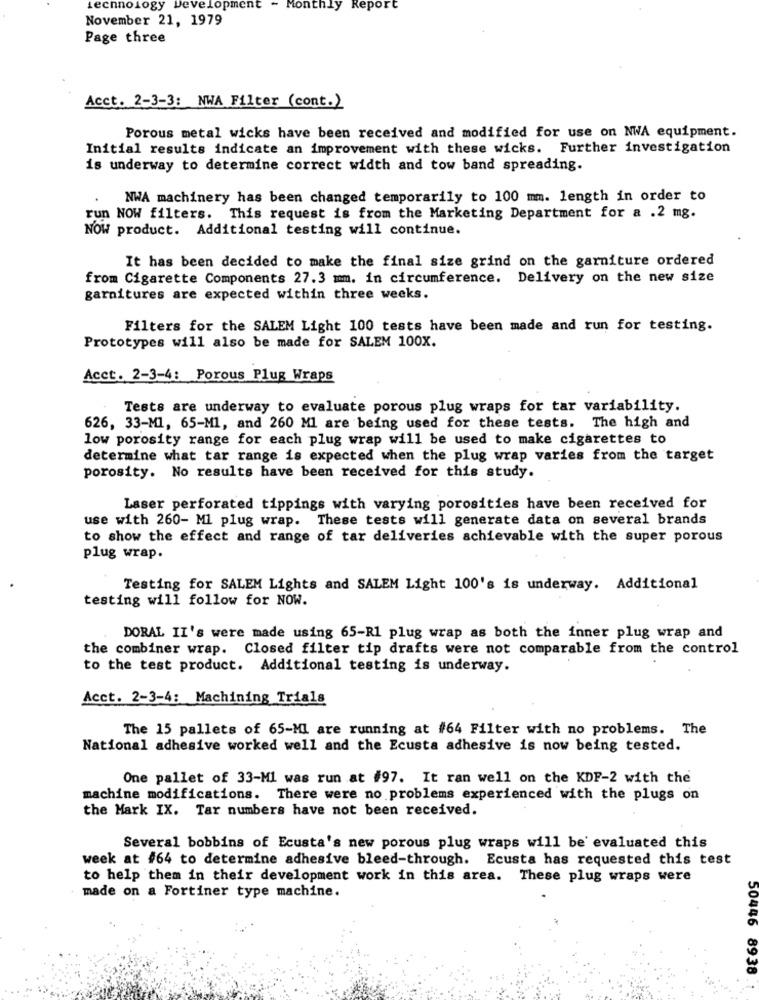
technology Development - Monthly Report
November 21, 1979
Page three
Acct. 2-3-3: NWA Filter (cont.)
Porous metal wicks have been received and modified for use on NWA equipment.
Initial results indicate an improvement with these wicks. Further investigation
is underway to determine correct width and tow band spreading.
NWA machinery has been changed temporarily to 100 mm. length in order to
run NOW filters. This request is from the Marketing Department for a .2 mg.
NOW product. Additional testing will continue.
It has been decided to make the final size grind on the garniture ordered
from Cigarette Components 27.3 mm. in circumference. Delivery on the new size
garnitures are expected within three weeks.
Filters for the SALEM Light 100 tests have been made and run for testing.
Prototypes will also be made for SALEM 100X.
Acct. 2-3-4: Porous Plug Wraps
Tests are underway to evaluate porous plug wraps for tar variability.
626, 33-M1, 65-M1, and 260 Ml are being used for these tests. The high and
low porosity range for each plug wrap will be used to make cigarettes to
determine what tar range is expected when the plug wrap varies from the target
porosity. No results have been received for this study.
Laser perforated tippings with varying porosities have been received for
use with 260- Mi plug wrap. These tests will generate data on several brands
to show the effect and range of tar deliveries achievable with the super porous
plug wrap.
Testing for SALEM Lights and SALEM Light 100's is underway. Additional
testing will follow for NOW.
DORAL II's were made using 65-R1 plug wrap as both the inner plug wrap and
the combiner wrap. Closed filter tip drafts were not comparable from the control
to the test product. Additional testing is underway.
Acct. 2-3-4: Machining Trials
The 15 pallets of 65-Ml are running at #64 Filter with no problems. The
National adhesive worked well and the Ecusta adhesive is now being tested.
One pallet of 33-Ml was run at #97. It ran well on the KDF-2 with the
machine modifications. There were no problems experienced with the plugs on
the Mark IX. Tar numbers have not been received.
Several bobbins of Ecusta's new porous plug wraps will be' evaluated this
week at #64 to determine adhesive bleed-through. Ecusta has requested this test
to help them in their development work in this area. These plug wraps were
made on a Fortiner type machine.
50446 8938